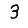
Digit: 3